Martna_vallavalitsus, lk 28
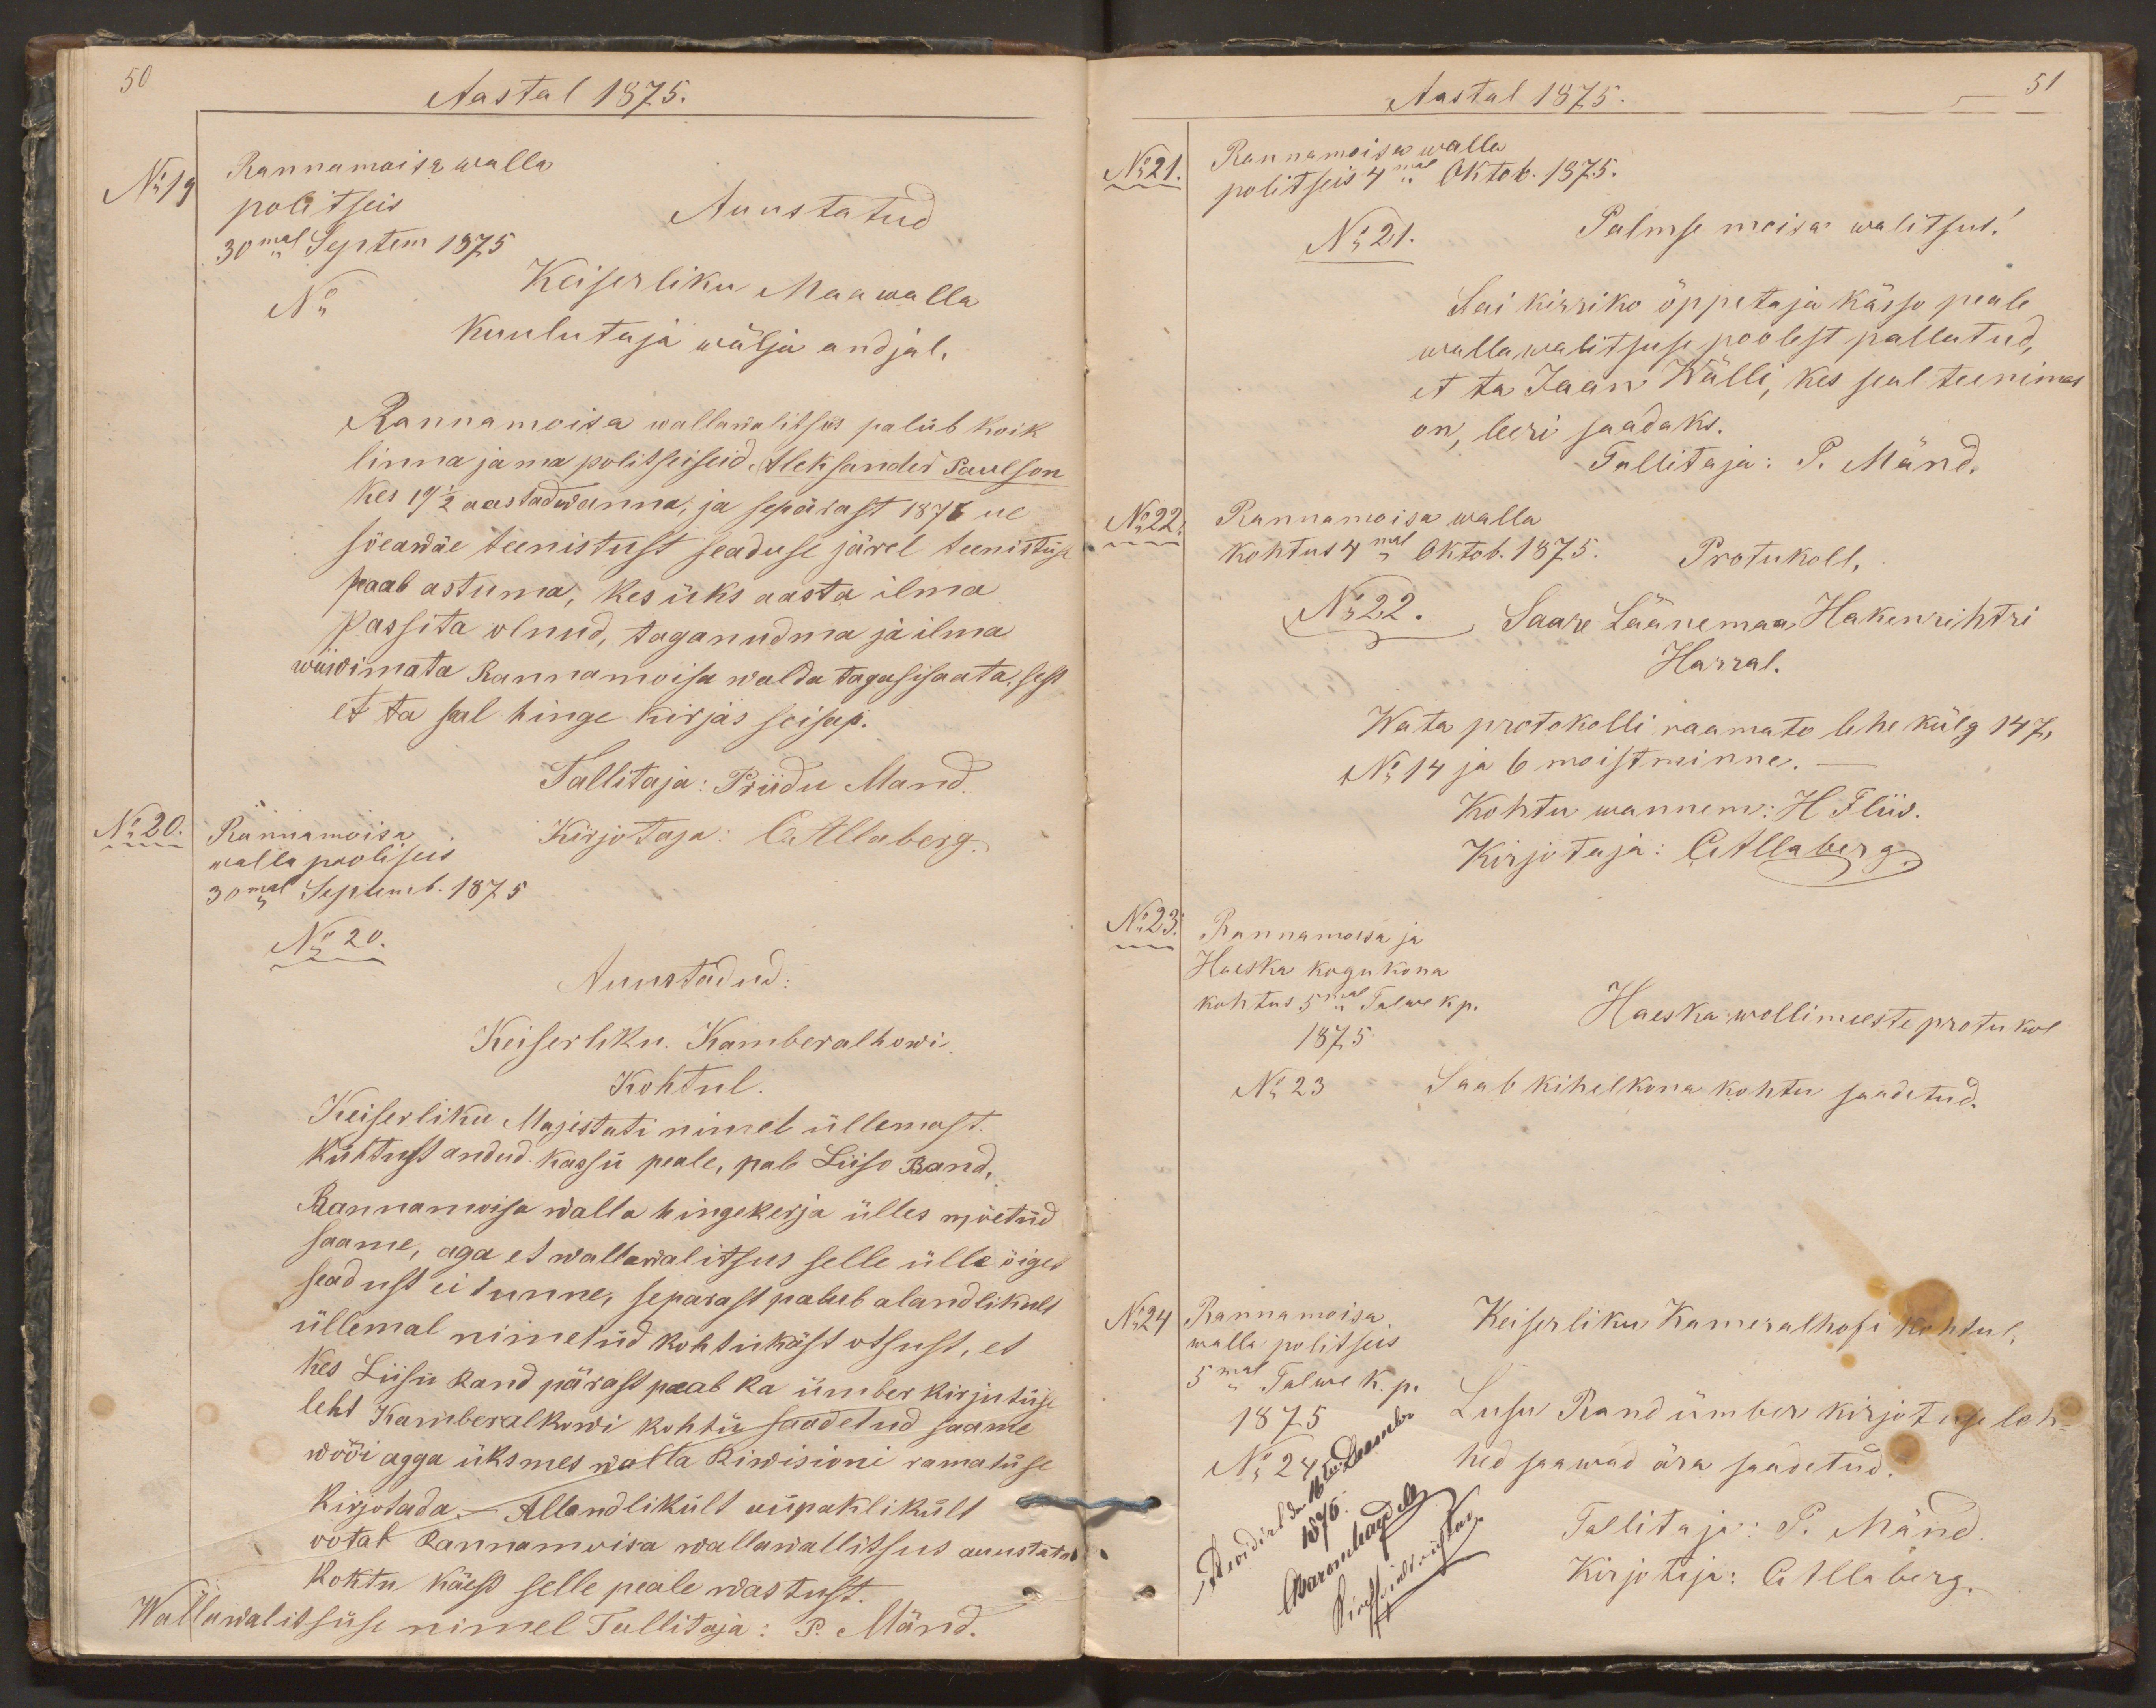
50
Aastal 1875.
No19
Rannamoisa walla
politseis
Auustatud
30mal Septem 1875
No
Keiserliku Maawalla
kuulutaja wälja andjal.
Rannamoisa wallawalitsus palub koik
linna ja ma politseiseid Aleksander Paulson
kes 19 1/2 aastadwanna, ja sepärast 1875 ue
sõeawäe teenistust seaduse järel teenistuse
peaab astuma, kes üks aasta ilma
passita olnud, taganudma ja ilma
wiiwimata Rannamoisa walda tagasisaata, sest
et ta seal hinge kirjas seisap.
Tallitaja: Priidu Mand.
No 20.
Rannamoisa
walla pooliseis
Kirjotaja: C.Allaberg.
30mal Septemb. 1875
No 20.
Auustadud:
Keiserliku Kamberalhowi
Kohtul
Keiserliku Majestati nimel üllemast
kühtust andud kassü peale, pab Liiso Rand,
Rannamoisa walla hingekirja ülles wõetud
saame, aga et wallawalitsus selle ülle õiget
seadust ei tunne, separast palub alandlikult
üllemal nimetud kohtukäst otsust, et
kes Liisu Rand pärast peab ka ümber kirjutuse
leht Kamberalhowi kohtu saadetud saame
wõõi agga üksmes walla Riwisioni ramatuse
kirjotada - Allandlikult aupaklikult -
ootab Rannamoisa wallawallitsus auustatud
kohtu käest selle peale wastust.
Wallawalitsuse nimel Tallitaja: P. Mänd.

Aastal 1875.
51
No21.
Rannamoisa walla
politseis 4mal Oktob. 1875.
No 21.
Palmse moisa walitsus!
Sai kirriko õppetaja kässo peale
wallawalitsuse poolest pallutud,
et ta Jaan Wälli, kes seal teenimas
on, leeri saadaks.
Tallitaja: P. Mänd.
No 22.
Rannamoisa walla
kohtus 4mal Oktob. 1875.
Protukoll,
No22.
Saare Läänemaa Hakenrihtri
Harral.
Wata protokolli raamato lehe külg 147,
No 14 ja 6 moistminne.
Kohtu wannem: H Fliis.
Kirjotaja: CAllaberg.
No 23.
Rannamoisa ja
Haeska kogukona
kohtus 5mal Talwe kp.
1875
Haeska wollimeeste protukol
No 23
Saab kihelkona kohtu saadetud.
No24
Rannamoisa
walla politseis
Keiserliku Kameralhowi kohtul.
5mal Talwe k. p.
Liisu Rand ümber kirjotuse leh-
1875
hed saawad ära saadetud.
No 24
Tallitaja: P. Mänd
Revidirt den 16ten Decembr
1876
CBaronMaydell
Kirschpielsrichter.
Kirjotaja: CAllaberg.